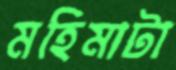
মহিমাটা